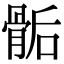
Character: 骺